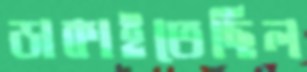
ডাকাইতেছিল